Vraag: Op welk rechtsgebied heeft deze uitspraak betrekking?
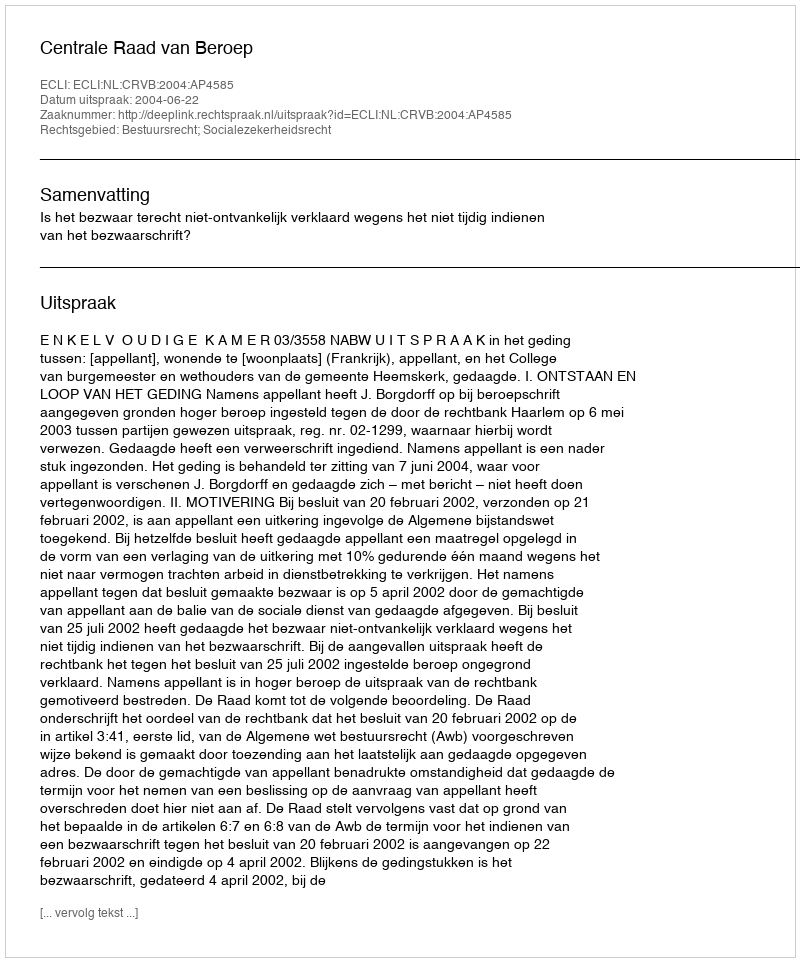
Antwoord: Bestuursrecht; Socialezekerheidsrecht